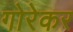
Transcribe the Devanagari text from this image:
गोरेकर